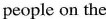
people on the